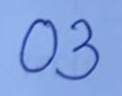
03